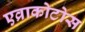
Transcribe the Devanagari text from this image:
एव्राकोटोस